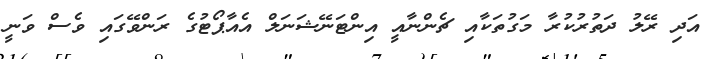
އަދި ރޭލު ދަތުރުކުރާ މަގުތަކާއި ޗެންނާއީ އިންޓަނޭޝަނަލް އެއާޕޯޓުގެ ރަންވޭގައި ވެސް ވަނީ